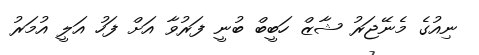
ނިއުގެ މެނޭޖަރު ޝާޒް ހަބީބް ބުނީ ފަރުވާ އަށް ފަހު އަލީ އުމަރު